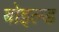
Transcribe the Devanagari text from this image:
बोइल्ड